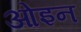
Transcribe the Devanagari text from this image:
ओइन